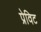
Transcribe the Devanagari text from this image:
प्रेविट